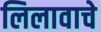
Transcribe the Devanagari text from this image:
लिलावाचे